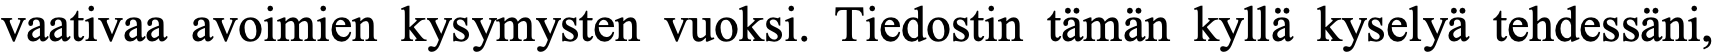
vaativaa avoimien kysymysten vuoksi. Tiedostin tämän kyllä kyselyä tehdessäni,